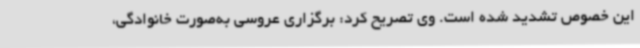
این خصوص تشدید شده است. وی تصریح کرد: برگزاری عروسی به‌صورت خانوادگی،